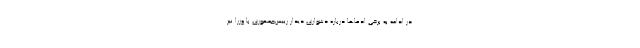
در ادامه به برخی ادعاها درباره دشواری دیدار رییس‌جمهوری با وزرا نیز